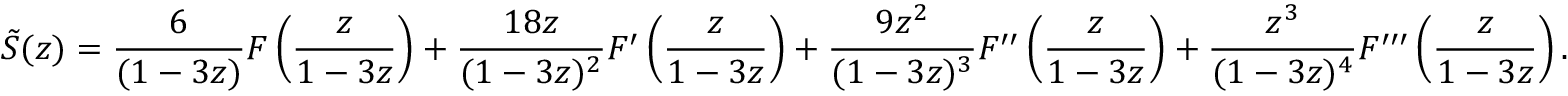
{ \tilde { S } } ( z ) = { \frac { 6 } { ( 1 - 3 z ) } } F \left( { \frac { z } { 1 - 3 z } } \right) + { \frac { 1 8 z } { ( 1 - 3 z ) ^ { 2 } } } F ^ { \prime } \left( { \frac { z } { 1 - 3 z } } \right) + { \frac { 9 z ^ { 2 } } { ( 1 - 3 z ) ^ { 3 } } } F ^ { \prime \prime } \left( { \frac { z } { 1 - 3 z } } \right) + { \frac { z ^ { 3 } } { ( 1 - 3 z ) ^ { 4 } } } F ^ { \prime \prime \prime } \left( { \frac { z } { 1 - 3 z } } \right) .